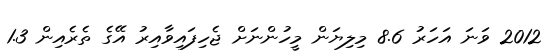
2012 ވަނަ އަހަރު 8.6 މިލިޔަން މީހުންނަށް ޖެހިފައިވާއިރު އޭގެ ތެރެއިން 1.3